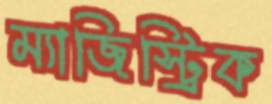
ম্যাজিস্ট্রিক